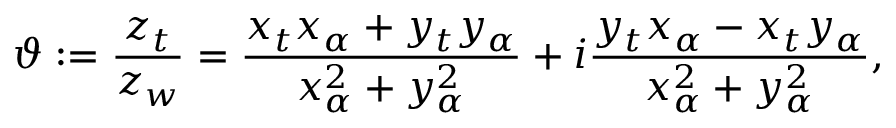
\vartheta : = \frac { z _ { t } } { z _ { w } } = \frac { x _ { t } x _ { \alpha } + y _ { t } y _ { \alpha } } { x _ { \alpha } ^ { 2 } + y _ { \alpha } ^ { 2 } } + i \frac { y _ { t } x _ { \alpha } - x _ { t } y _ { \alpha } } { x _ { \alpha } ^ { 2 } + y _ { \alpha } ^ { 2 } } ,